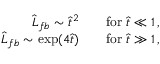
\begin{array} { r l } { \hat { L } _ { f b } \sim \hat { t } ^ { 2 } } & { { } \quad \mathrm { f o r } \ \hat { t } \ll 1 \, , } \\ { \hat { L } _ { f b } \sim \exp ( 4 \hat { t } ) } & { { } \quad \mathrm { f o r } \ \hat { t } \gg 1 \, , } \end{array}